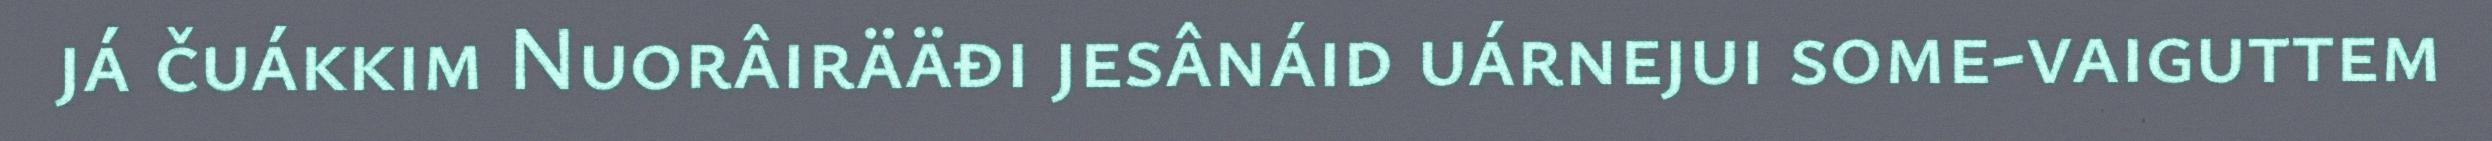
já čuákkim Nuorâirääđi jesânáid uárnejui some-vaiguttem